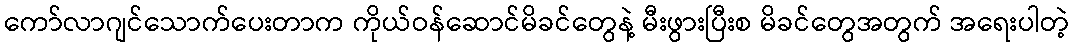
ကော်လာဂျင်သောက်ပေးတာက ကိုယ်ဝန်ဆောင်မိခင်တွေနဲ့ မီးဖွားပြီးစ မိခင်တွေအတွက် အရေးပါတဲ့